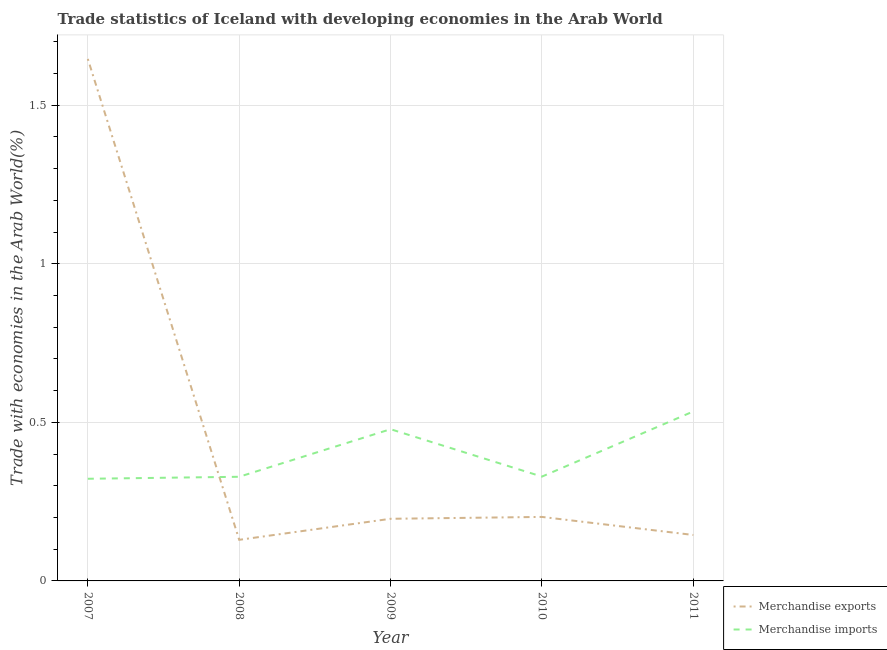
| Year | Merchandise exports | Merchandise imports |
 | --- | --- | --- |
 | 2007 | 1.65 | 0.322 |
 | 2008 | 0.13 | 0.328 |
 | 2009 | 0.196 | 0.478 |
 | 2010 | 0.202 | 0.329 |
 | 2011 | 0.145 | 0.534 |